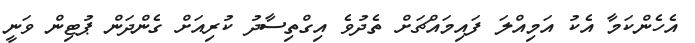
އެހެންކަމާ އެކު އަމިއްލަ ފައިމައްޗަށް ތެދުވެ އިގްތިސާދު ކުރިއަށް ގެންދަން ޕުޓިން ވަނީ